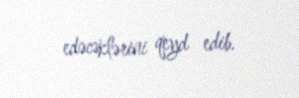
edəcəklərini qeyd edib.